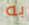
به